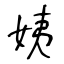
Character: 姨